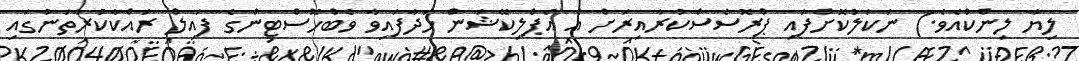
ލިޔާ ލިންކްއެވެ.) ނަކަލުކޮށްފައި ޕްރޮސެސްކުރާއިރަށް އެ އެޕްލިކޭޝަން ހަދާފައިވާ ވެބްހޮސްޓިންގެ ފައިލް ރައްކާކުރާތަނުގައި